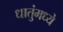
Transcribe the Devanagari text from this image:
धातुंमध्ये